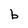
Character: b